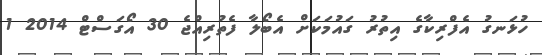
ހުޅަނގު އެފްރިކާގެ އިތުރު ގައުމަކަށް އެބޯލާ ފެތުރިއްޖެ 30 އޯގަސްޓް 2014 1